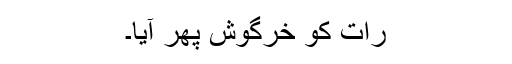
رات کو خرگوش پھر آیا۔